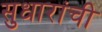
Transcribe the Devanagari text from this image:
सुधारांची